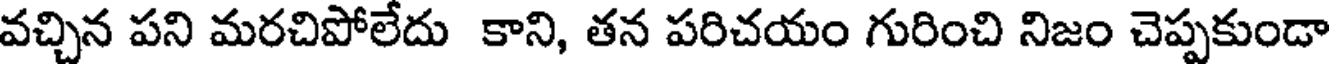
వచ్చిన పని మరచిపోలేదు కాని, తన పరిచయం గురించి నిజం చెప్పకుండా